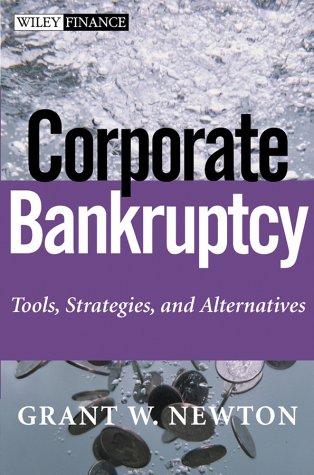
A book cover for Corporate Bankruptcy: Tools, Strategies, and Alternatives; Grant W. Newton; Law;